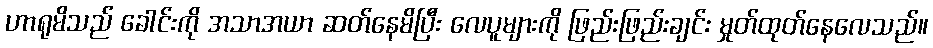
ဟာရုမိသည် ခေါင်းကို အသာအယာ ဆတ်နေမိပြီး လေပူများကို ဖြည်းဖြည်းချင်း မှုတ်ထုတ်နေလေသည်။